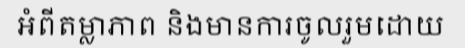
អំពីតម្លាភាព និងមានការចូលរួមដោយ